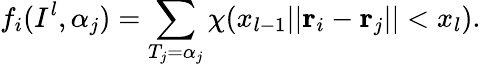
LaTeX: f_{i}(I^{l},\alpha_{j})=\sum_{T_{j}=\alpha_{j}}\chi(x_{l-1}\le||{\mathbf r}_{i}-{\mathbf r}_{j}||<x_{l}).